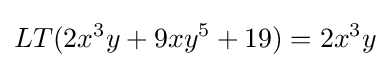
LT(2x^{3}y+9xy^{5}+19)=2x^{3}y